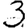
Digit: 3